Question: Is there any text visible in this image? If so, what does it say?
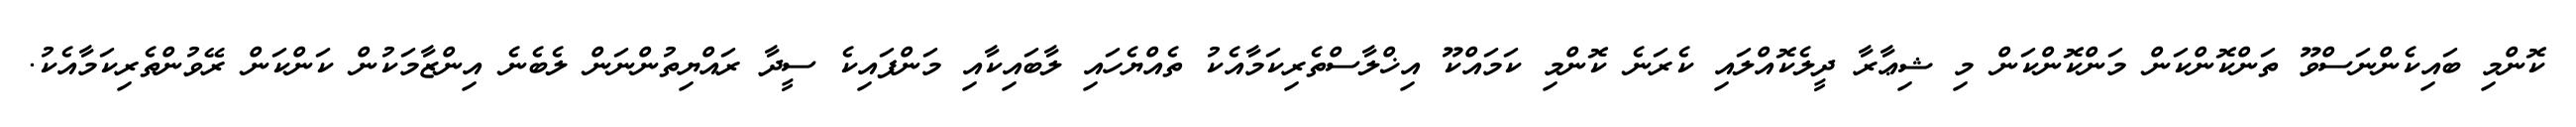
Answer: ކޮންމި ބައިކެންނަސްވޫ ތަންކޮންކަން މަންކޮންކަން މި ޝިޢާރާ ދީލެކޮއްލައި ކެރަނެ ކޮންމި ކަމައްކޫ އިޚްލާސްތެރިކަމާއެކު ތެއްޔެހައި ލާބައިކާއި މަންފައިކެ ސީދާ ރައްޔިތުންނަން ލެބެނެ އިންޒާމަކުން ކަންކަން ރޭވުންތެރިކަމާއެކު.